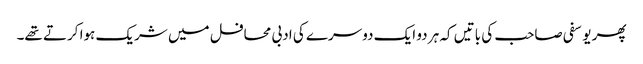
پھر یوسفی صاحب کی باتیں کہ ہر دو ایک دوسرے کی ادبی محافل میں شریک ہوا کرتے تھے۔